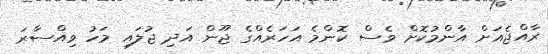
ރާއްޖެއަށް އާންމުކޮށް ވެސް ކޮންމެ އަހަރެއްގެ ޖޫން އަދި ޖުލައި މަހު ވިއްސާރަ